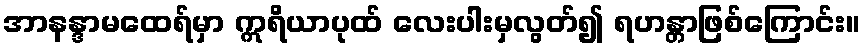
အာနန္ဒာမထေရ်မှာ ဣရိယာပုထ် လေးပါးမှလွတ်၍ ရဟန္တာဖြစ်ကြောင်း။